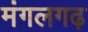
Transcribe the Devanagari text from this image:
मंगलगढ़